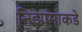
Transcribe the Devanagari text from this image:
निझामाकडे